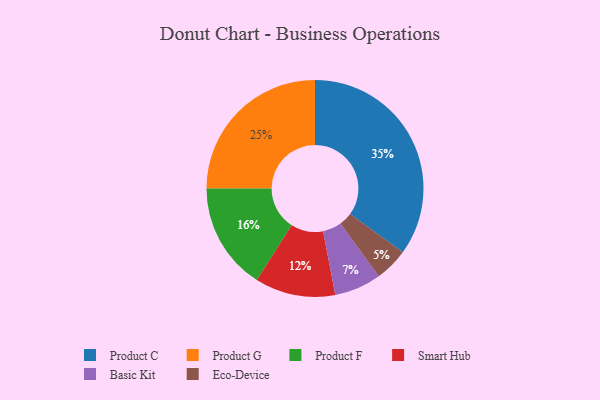
{"axis": {"x": "Category", "y": "Percentage"}, "legend": ["Basic Kit", "Eco-Device", "Product C", "Product F", "Product G", "Smart Hub"], "data": [{"x": "Smart Hub", "y": 12, "type": "Smart Hub"}, {"x": "Basic Kit", "y": 7, "type": "Basic Kit"}, {"x": "Product G", "y": 25, "type": "Product G"}, {"x": "Product F", "y": 16, "type": "Product F"}, {"x": "Eco-Device", "y": 5, "type": "Eco-Device"}, {"x": "Product C", "y": 35, "type": "Product C"}]}